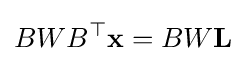
BWB^{\top }\mathbf {x} =BW\mathbf {L}